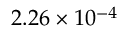
2 . 2 6 \times 1 0 ^ { - 4 }